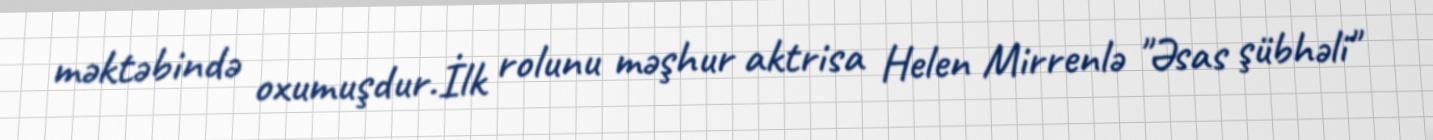
məktəbində oxumuşdur.İlk rolunu məşhur aktrisa Helen Mirrenlə "Əsas şübhəli"